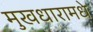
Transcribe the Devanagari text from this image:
मुखधारामधे